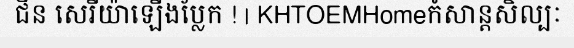
ជិន សេរីយ៉ាឡើងប្លែក ! | KHTOEMHomeកំសាន្តសិល្បៈ